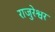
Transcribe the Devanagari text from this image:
राजुरेश्वर